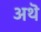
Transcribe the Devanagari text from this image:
अथॆ